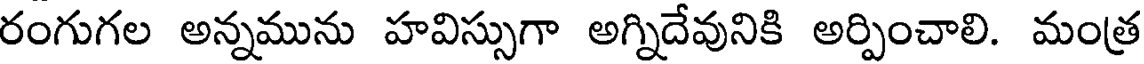
రంగుగల అన్నమును హవిస్సుగా అగ్నిదేవునికి అర్పించాలి. మంత్ర